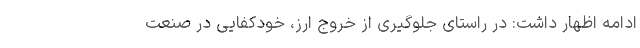
ادامه اظهار داشت: در راستای جلوگیری از خروج ارز، خودکفایی در صنعت